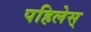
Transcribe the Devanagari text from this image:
पहिलेस्